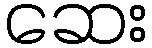
ဆေး